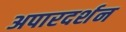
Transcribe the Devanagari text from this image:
अपारदर्शन